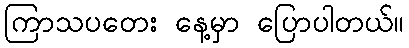
ကြာသပတေး နေ့မှာ ပြောပါတယ်။